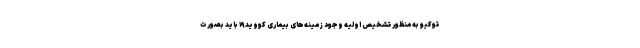
توکیو به‌منظور تشخیص اولیه وجود زمینه‌های بیماری کووید۱۹ باید بصورت